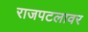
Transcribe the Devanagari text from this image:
राजपटलावर